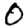
Digit: 0